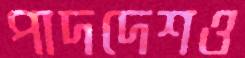
পাদদেশও